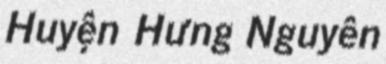
Huyện Hưng Nguyên